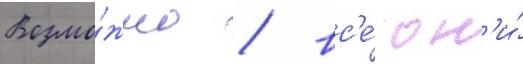
Возмо́жно / вс'е́ он'и́